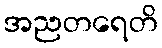
အညတရေတိ